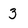
Character: 3